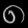
Digit: ၈